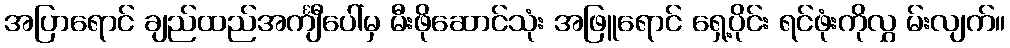
အပြာရောင် ချည်ထည်အင်္ကျီပေါ်မှ မီးဖိုဆောင်သုံး အဖြူရောင် ရှေ့ပိုင်း ရင်ဖုံးကိုလွှ မ်းလျက်။